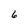
Character: 6